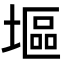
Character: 塸